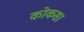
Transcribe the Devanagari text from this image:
कोकसा